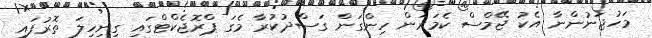
މަހުޖަނުންނާ އެކު ޖޭމްސް ކެމަރަން ހިންގަން ގަސްދުކުރާ މެގަ ޕްރޮޖެކްޓްގައި ގިނިހިލަ ތޮރުފައި